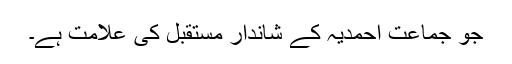
جو جماعت احمدیہ کے شاندار مستقبل کی علامت ہے۔